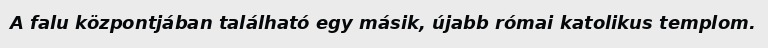
A falu központjában található egy másik, újabb római katolikus templom.